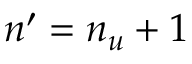
n ^ { \prime } = n _ { u } + 1